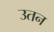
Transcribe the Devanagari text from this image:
उतन